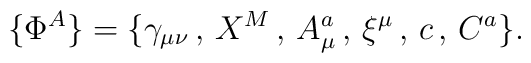
\{\Phi^A\}=\{\gamma_{\mu\nu}\, ,\, X^M\, ,\, A^a_\mu\, ,\, \xi^\mu\, ,\, c\, ,\, C^a\}.